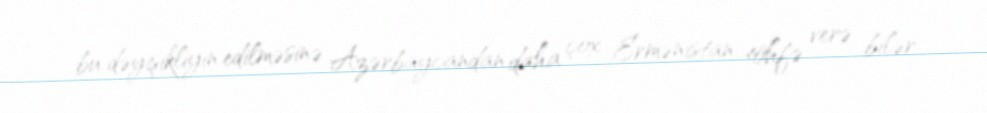
bu dəyişikliyin edilməsinə Azərbaycandan daha çox Ermənistan töhfə verə bilər.